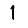
Digit: 1